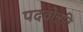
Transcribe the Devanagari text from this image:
पदवोन्नति